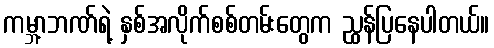
ကမ္ဘာ့ဘဏ်ရဲ့ နှစ်အလိုက်စစ်တမ်းတွေက ညွှန်ပြနေပါတယ်။